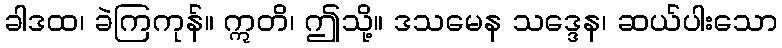
ခါဒထ၊ ခဲကြကုန်။ ဣတိ၊ ဤသို့။ ဒသမေန သဒ္ဒေန၊ ဆယ်ပါးသော